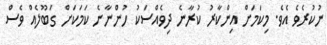
ނުކުރެވެ އެވެ. މިކަމަށް އިންކާރު ކުރާނެ ދިވެއްސަކު ހުންނާނެ ކަމަކަށް ގަބޫލެއް ވެސް